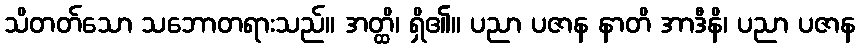
သိတတ်သော သဘောတရားသည်။ အတ္ထိ၊ ရှိ၏။ ပညာ ပဇာန နာတိ အာဒီနိ၊ ပညာ ပဇာန